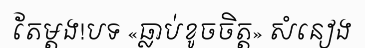
តែម្តង!បទ «ធ្លាប់ខូចចិត្ត» សំនៀង